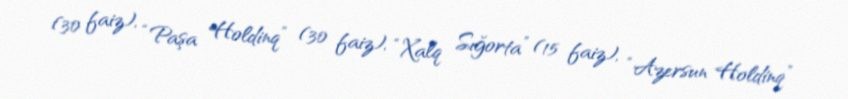
(30 faiz), “Paşa Holdinq” (30 faiz), “Xalq Sığorta” (15 faiz), “Azersun Holdinq”